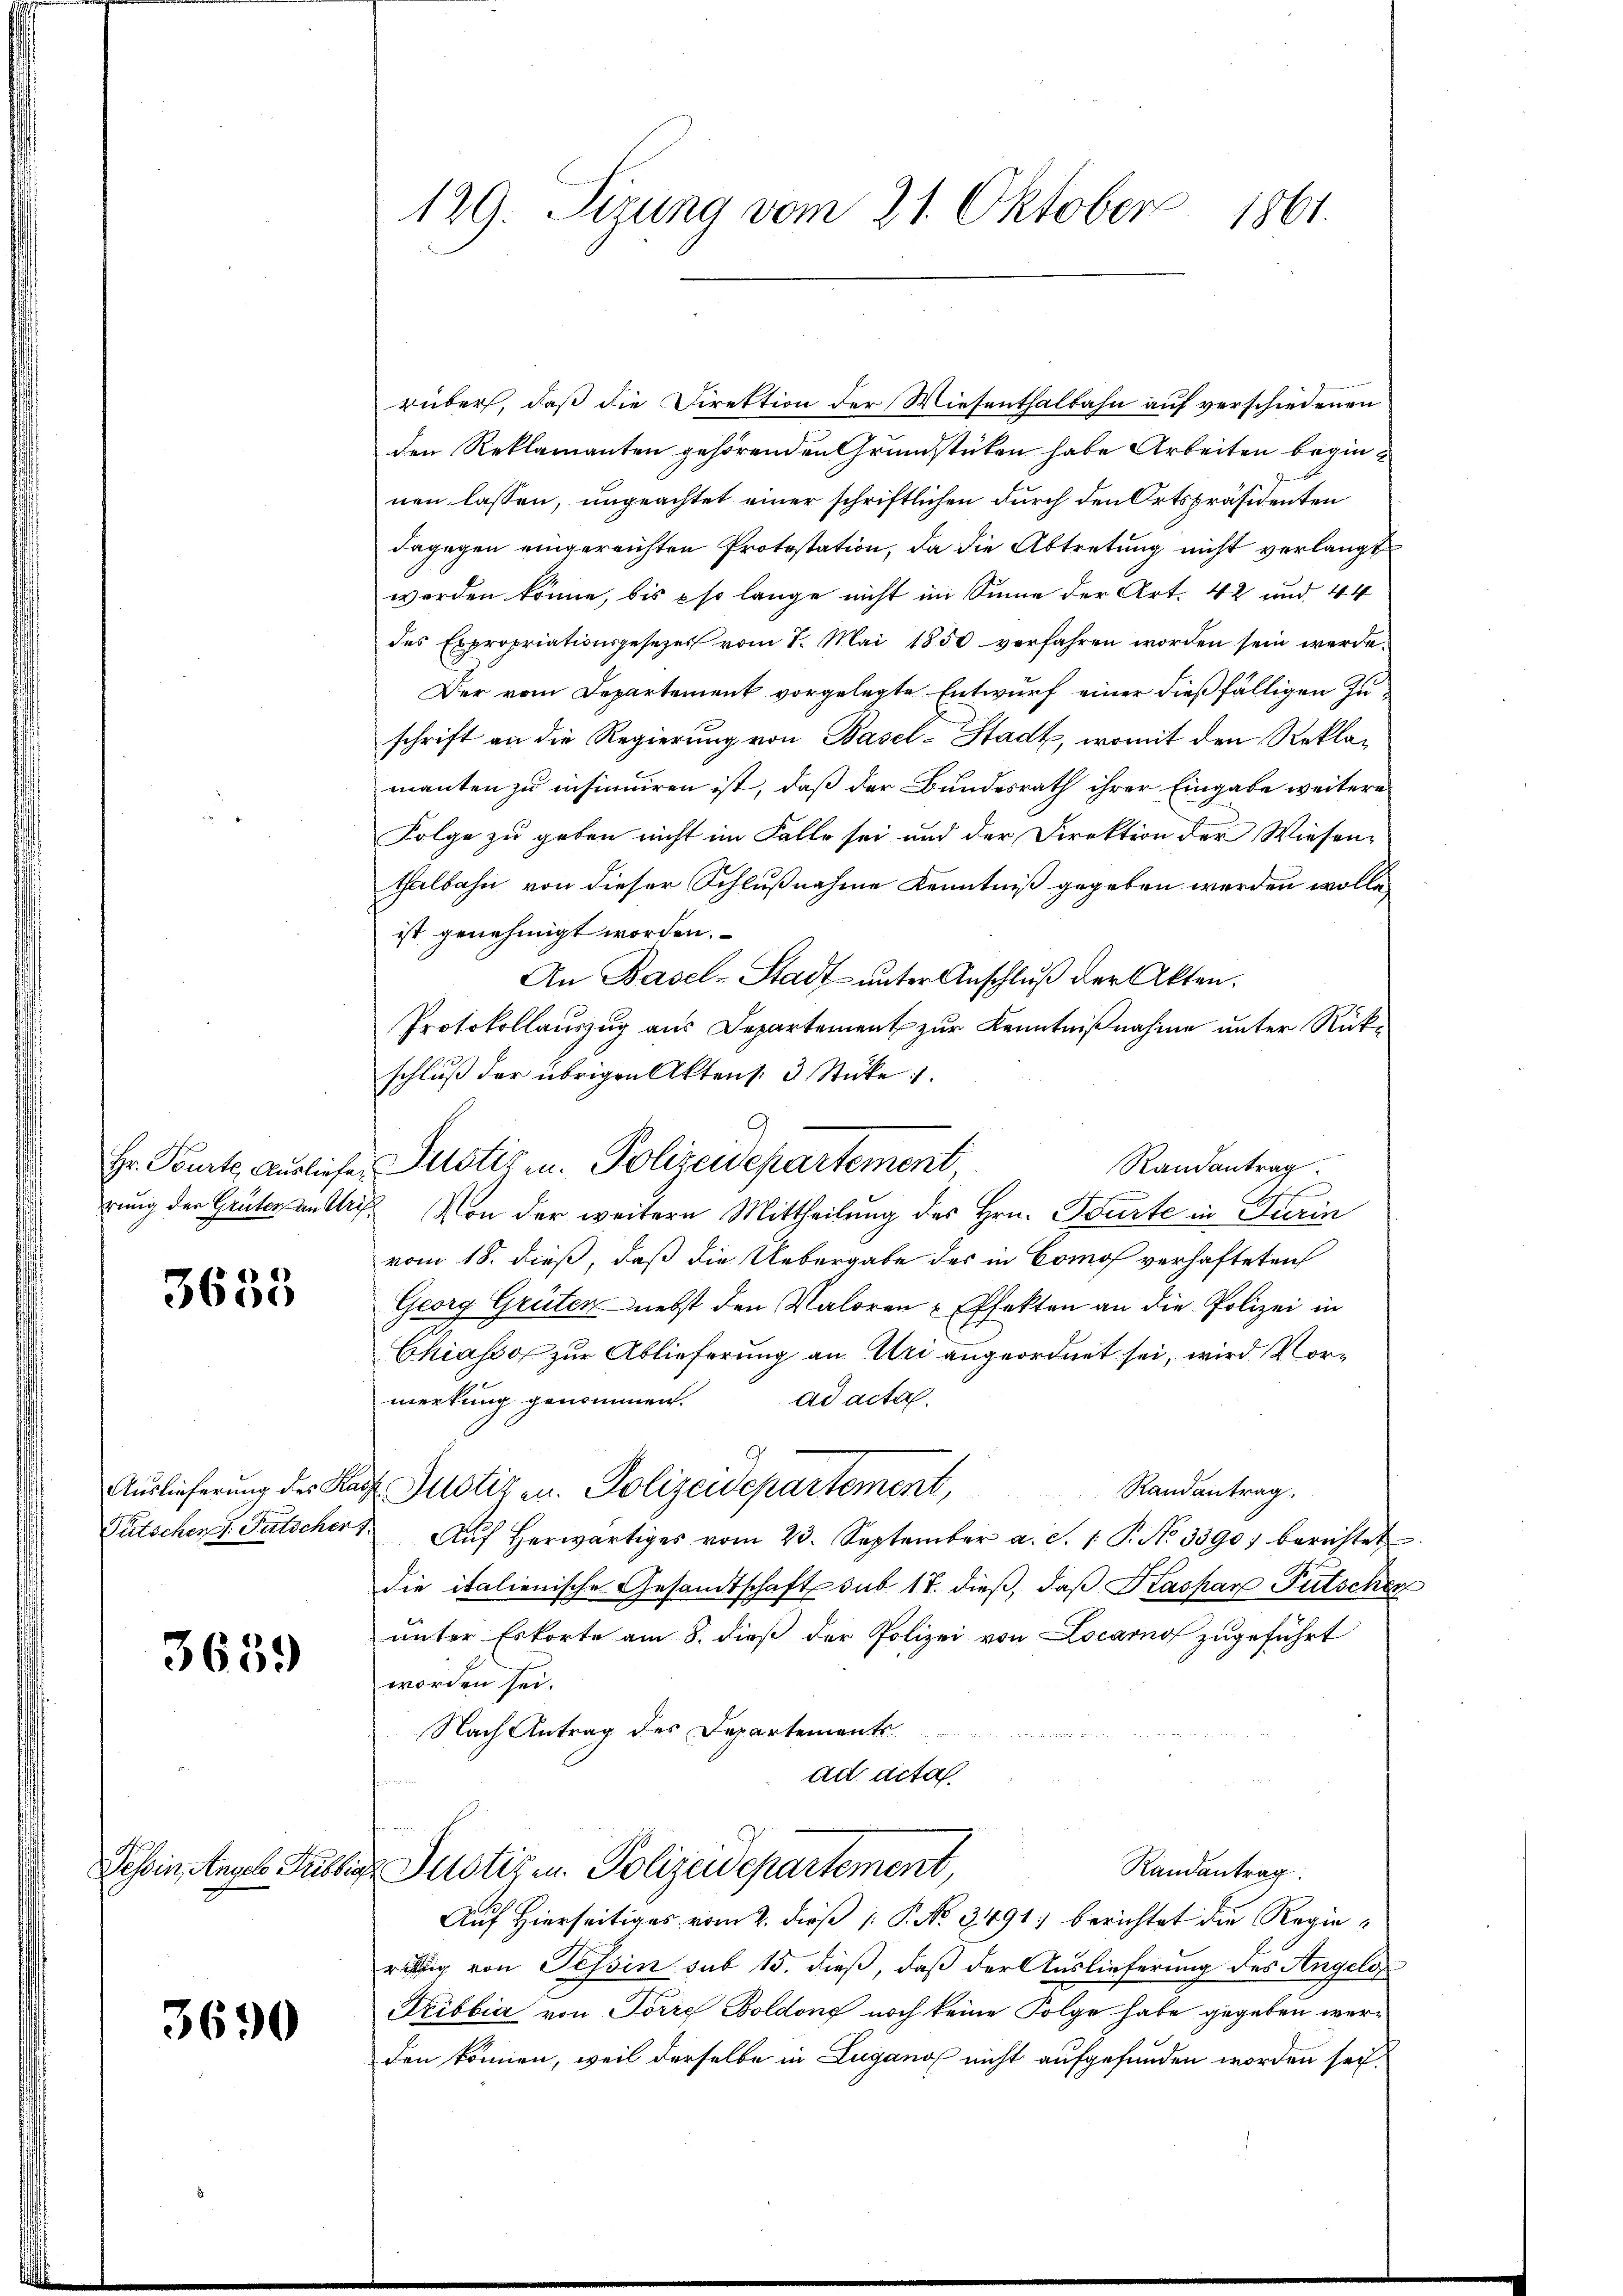
Hr. Tourte, Ausliefe
rung der Grüter an Ar

3685

Auslieferung des Kar
Pütschen. Fätscher,

3659

Tessin Angelo Tribbia

3690

129. Sizung vom 21. Oktober 1861.

rüber, daß die Direktion der Wiesenthalbahn auf verschiedenen
den Reklamanten gehörenden Grundstüken habe Arbeiten beginnen lassen, ungeachtet einer schriftlichen durch den Ortspräsidenten
dagegen eingereichten Protestation, da die Abtretung nicht verlangt
werden könne, bis so lange nicht im Sinne der Art. 42 und 44
des Expropriationsgesezes vom 7. Mai 1850 verfahren worden sein werde
Der vom Departement vorgelegte Entwurf einer dießfälligen Zuschrift an die Regierung von Basel-Stadt, womit den Reklamanten zu insinuiren ist, daß der Bundesrath ihrer Eingabe weitere
Folge zu geben nicht im Falle sei und der Direktion der Wiesen-
thalbahn von dieser Schlußnahme Kenntniß gegeben werden wolle
ist genehmigt worden.
An Basel-Stadt ŭnter Anschlŭβ der Akten.
Protokollauszug aus Departement zur Kenntnißnahme unter Rückschluß der übrigen Aktens 3 Stücke.
Justiz u. Polizeidepartement
Randantrag
2 Von der weitere Mittheilung des Hrn. Beurte in Turin
vom 18. dieß, daß die Uebergabe des in Comos verhafteten
Georg Grüten nebst den Valoren Effekten an die Polizei in
Chiassof zur Ablieferung an Uri angeordnet sei, wird Vormerkung genommen. ad acta.
.
Randantrag.
 Justiz u. Polizeidepartement,
Aŭf herwärtiges vom 23. September a. S. 1. P. No. 3390) berichtet
die italienische Gesandtschaft sub 17. dieß, daß Kaspar Futschen
unter Erkorte am 8. dieß der Polizei von Locarno zugeführt
worden sei.
Nach Antrag des Departemente
u
u
ad acta
Randantrag.
 Justiz in Polizeidepartement,
Auf Hierseitiges vom 2. dieß P. No 3491) berichtet die Regieräftig von Tessin sub 15. dieß, daß der Auslieferung des Angelg
Fibbia von Torre Boldono noch keine Folge habe gegeben werden können, weil derselbe in Lugano nicht aufgefunden worden sei.